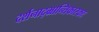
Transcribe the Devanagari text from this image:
दर्शनाद्भ्रान्तिकारकाः